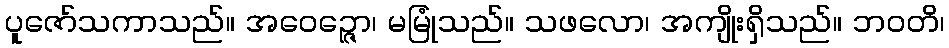
ပူဇော်သကာသည်။ အဝေဉ္ဇော၊ မမြုံသည်။ သဖလော၊ အကျိုးရှိသည်။ ဘဝတိ၊